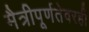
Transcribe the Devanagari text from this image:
मैत्रीपूर्णतेवरही